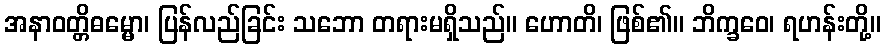
အနာဝတ္တိဓမ္မော၊ ပြန်လည်ခြင်း သဘော တရားမရှိသည်။ ဟောတိ၊ ဖြစ်၏။ ဘိက္ခဝေ၊ ရဟန်းတို့။